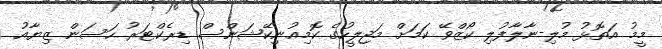
މީމު އަތޮޅު މުލި-ނާލާފުލި ކޯޒްވޭ ކަމަށް މަޖިލީހުގެ ކޮމިއުނިކޭޝަންސް ޑިރެކްޓަރު ހަސަން ޒިޔާއު